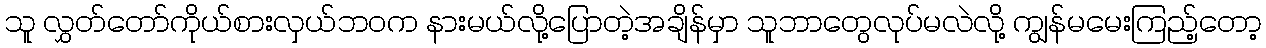
သူ လွှတ်တော်ကိုယ်စားလှယ်ဘ၀က နားမယ်လို့ပြောတဲ့အချိန်မှာ သူဘာတွေလုပ်မလဲလို့ ကျွန်မမေးကြည့်တော့